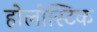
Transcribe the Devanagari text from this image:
होलोस्टिक